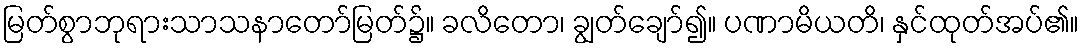
မြတ်စွာဘုရားသာသနာတော်မြတ်၌။ ခလိတော၊ ချွတ်ချော်၍။ ပဏာမိယတိ၊ နှင်ထုတ်အပ်၏။